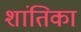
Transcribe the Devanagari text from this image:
शांतिका